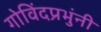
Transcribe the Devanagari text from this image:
गोविंदप्रभुंनी